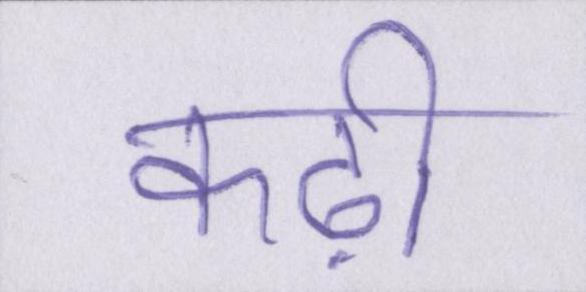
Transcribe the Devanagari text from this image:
कढ़ी